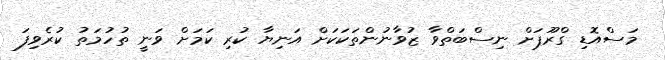
މަސްއޮޑި ގްރޫޕަށް ނިސްބަތްވާ ޒުވާނުންތަކަކަށް އަނިޔާ ކުރި ކަމަށް ވަނީ ތުހުމަތު ކުރެވިފަ